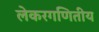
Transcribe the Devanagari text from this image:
लेकरगणितीय